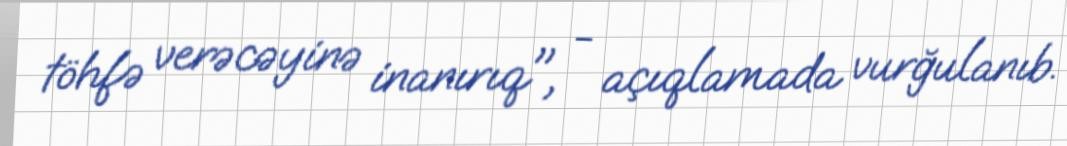
töhfə verəcəyinə inanırıq", - açıqlamada vurğulanıb.